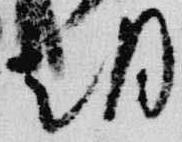
朝